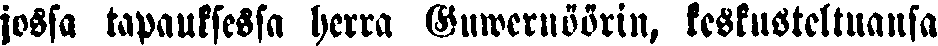
jossa tapauksessa herra Guwernöörin, keskusteltuansa